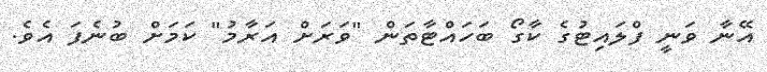
އޭނާ ވަނީ ފްލައިޓުގެ ކާގޯ ބަހައްޓާތަން "ވަރަށް އަރާމު" ކަމަށް ބުނެފަ އެވެ.